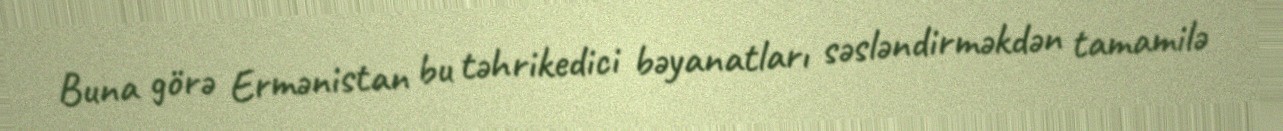
Buna görə Ermənistan bu təhrikedici bəyanatları səsləndirməkdən tamamilə